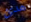
هدئ